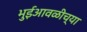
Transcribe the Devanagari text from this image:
भुईआवळीच्या